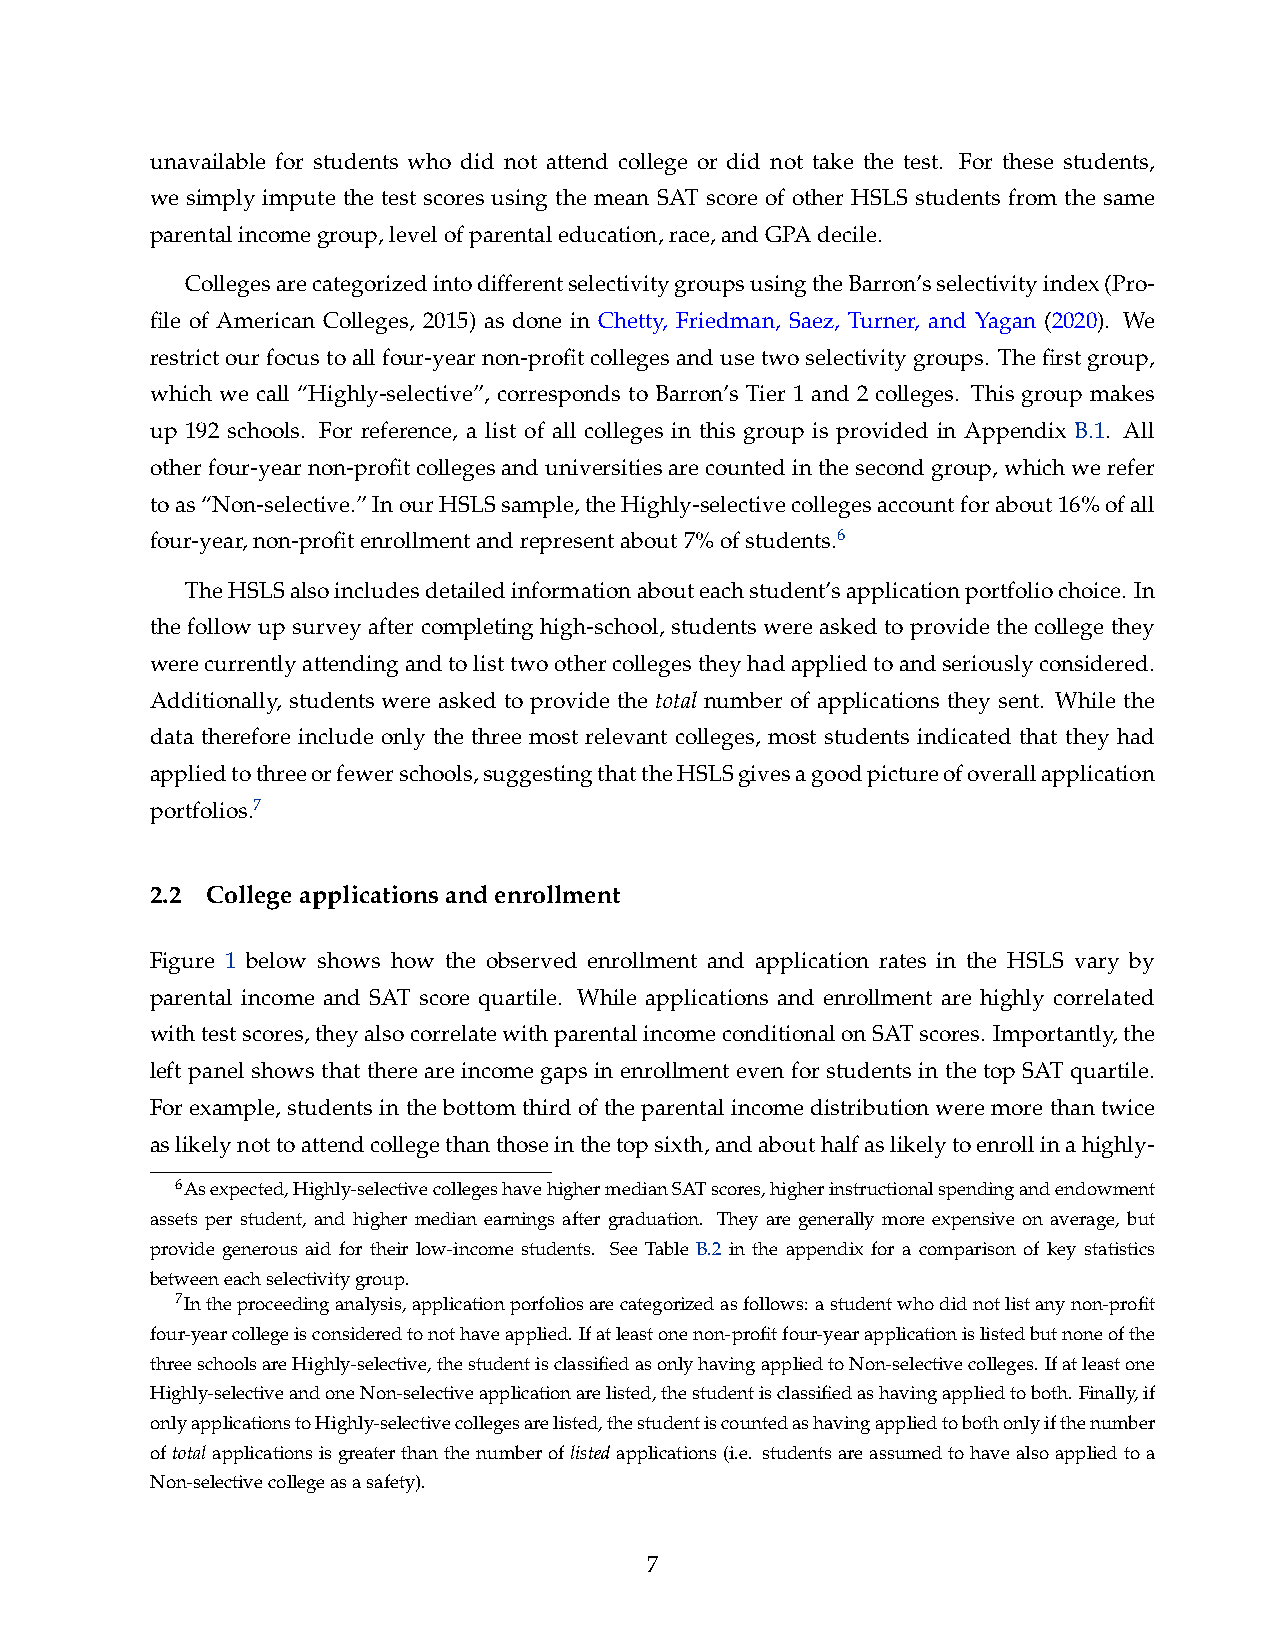
unavailable for students who did not attend college or did not take the test. For these students,
 we simply impute the test scores using the mean SAT score of other HSLS students from the same
 parentalincomegroup,levelofparentaleducation,race,andGPAdecile.
 CollegesarecategorizedintodifferentselectivitygroupsusingtheBarron’sselectivityindex(Pro-
 file of American Colleges, 2015) as done in Chetty, Friedman, Saez, Turner, and Yagan (2020). We
 restrictourfocustoallfour-yearnon-profitcollegesandusetwoselectivitygroups. Thefirstgroup,
 which we call “Highly-selective”, corresponds to Barron’s Tier 1 and 2 colleges. This group makes
 up 192 schools. For reference, a list of all colleges in this group is provided in Appendix B.1. All
 otherfour-yearnon-profitcollegesanduniversitiesarecountedinthesecondgroup,whichwerefer
 toas“Non-selective.”InourHSLSsample,theHighly-selectivecollegesaccountforabout16%ofall
 four-year,non-profitenrollmentandrepresentabout7%ofstudents.6
 TheHSLSalsoincludesdetailedinformationabouteachstudent’sapplicationportfoliochoice. In
 the follow up survey after completing high-school, students were asked to provide the college they
 werecurrentlyattendingandtolisttwoothercollegestheyhadappliedtoandseriouslyconsidered.
 Additionally, students were asked to provide the total number of applications they sent. While the
 data therefore include only the three most relevant colleges, most students indicated that they had
 appliedtothreeorfewerschools,suggestingthattheHSLSgivesagoodpictureofoverallapplication
 portfolios.7
 2.2 Collegeapplicationsandenrollment
 Figure 1 below shows how the observed enrollment and application rates in the HSLS vary by
 parental income and SAT score quartile. While applications and enrollment are highly correlated
 withtestscores,theyalsocorrelatewithparentalincomeconditionalonSATscores. Importantly,the
 left panel shows that there are income gaps in enrollment even for students in the top SAT quartile.
 Forexample, studentsin thebottomthirdoftheparentalincome distribution weremorethantwice
 aslikelynottoattendcollegethanthoseinthetopsixth,andabouthalfaslikelytoenrollinahighly-
 6Asexpected,Highly-selectivecollegeshavehighermedianSATscores,higherinstructionalspendingandendowment
 assets per student, and higher median earnings after graduation. They are generally more expensive on average, but
 provide generous aid for their low-income students. See Table B.2 in the appendix for a comparison of key statistics
 betweeneachselectivitygroup.
 7Intheproceedinganalysis,applicationporfoliosarecategorizedasfollows: astudentwhodidnotlistanynon-profit
 four-yearcollegeisconsideredtonothaveapplied.Ifatleastonenon-profitfour-yearapplicationislistedbutnoneofthe
 threeschoolsareHighly-selective,thestudentisclassifiedasonlyhavingappliedtoNon-selectivecolleges. Ifatleastone
 Highly-selectiveandoneNon-selectiveapplicationarelisted,thestudentisclassifiedashavingappliedtoboth.Finally,if
 onlyapplicationstoHighly-selectivecollegesarelisted,thestudentiscountedashavingappliedtobothonlyifthenumber
 oftotalapplicationsisgreaterthanthenumberoflistedapplications(i.e. studentsareassumedtohavealsoappliedtoa
 Non-selectivecollegeasasafety).
 7